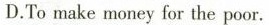
D.To make money for the poor.